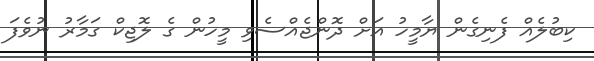
ކިބުލެއް ފެނިގެން ޔާމީހު އަށް ދޮންޖެއްސެވި މީހުން ގެ ލޮޖިކް ގަމާރު ނުވެފަ